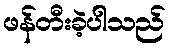
ဖန်တီးခဲ့ပါသည်